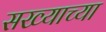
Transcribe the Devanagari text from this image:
सख्याच्या